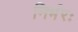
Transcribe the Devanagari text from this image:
निर्भरः